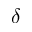
\delta